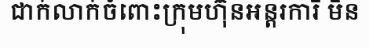
ជាក់លាក់ចំពោះក្រុមហ៊ុនអន្តរការី មិន